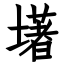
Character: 墸